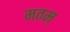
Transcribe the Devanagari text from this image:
मतम्